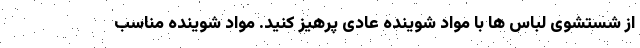
از شستشوی لباس ها با مواد شوینده عادی پرهیز کنید. مواد شوینده مناسب